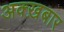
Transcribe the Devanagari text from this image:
अक्ख़बार